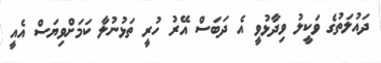
ދައުލަތުގެ ވަކީލު ވިދާޅުވީ އެ ދަބަސް އޭރު ހުރީ ތަޅުނުލާ ކަމަށްވިޔަސް އެއީ